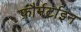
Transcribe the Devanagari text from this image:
फ़ौर्मर्टाइन